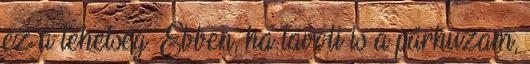
ez a tehetség. Ebben, ha távoli is a párhuzam,